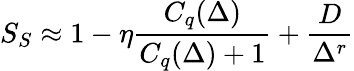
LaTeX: S_{S}\approx 1-\eta\frac{C_{q}(\Delta)}{C_{q}(\Delta)+1}+\frac{D}{\Delta^{r}}